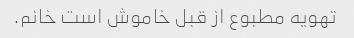
تهویه مطبوع از قبل خاموش است خانم.